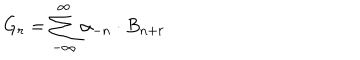
G _ { r } = \sum _ { - \infty } ^ { \infty } \alpha _ { - n } \cdot B _ { n + r }